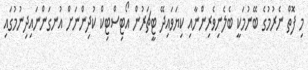
މި ފޮތް ނެރުމުގެ ބޭނުމަކީ ބެލެނިވެރިންނާއި ކިޔަވައިދޭ ޓީޗަރުން އޯޓިސްޓިކް ކުދިންނަށް އުނގަންނައިދިނުމުގައި